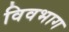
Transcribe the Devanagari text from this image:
विवभाग